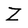
Character: Z